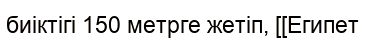
биіктігі 150 метрге жетіп, [[Египет